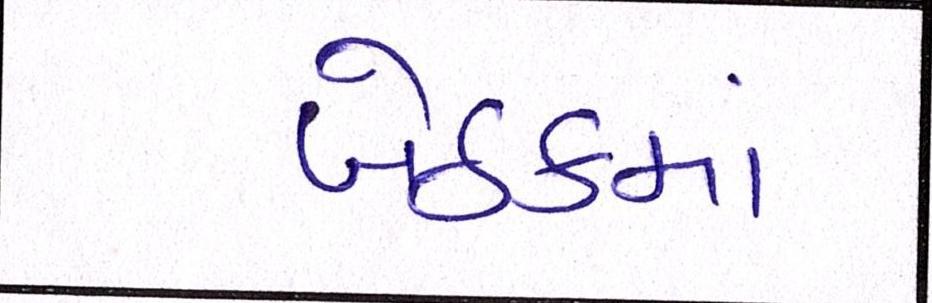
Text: બેઠકમાં